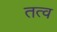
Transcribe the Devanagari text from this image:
तत्व